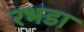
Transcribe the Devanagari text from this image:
रभडा